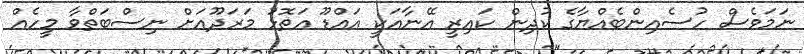
ނަމަވެސް ހުސެއިންބެއްޔާގެ ކުދިން ކައިރީ އޭނާއަކީ އައްޑޫ އަތޮޅު މަރަދޫއަށް ނިސްބަތްވާ މީހެއް